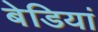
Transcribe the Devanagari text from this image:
बेडियां